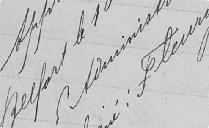
Approuvé, Belfort le 10 Octobre 1898. P administrateur Signé : FLEURY